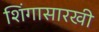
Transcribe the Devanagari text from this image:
शिंगासारखी